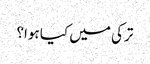
ترکی میں کیا ہوا؟